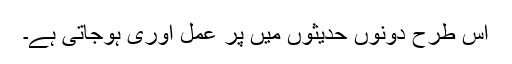
اس طرح دونوں حدیثوں میں پر عمل آوری ہوجاتی ہے۔